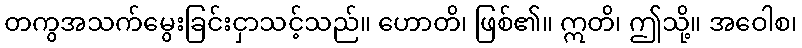
တကွအသက်မွေးခြင်းငှာသင့်သည်။ ဟောတိ၊ ဖြစ်၏။ ဣတိ၊ ဤသို့။ အဝေါစ၊